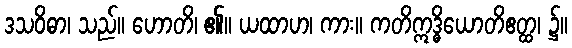
ဒသဝိဓာ၊ သည်။ ဟောတိ၊ ၏။ ယထာဟ၊ ကား။ ကတိဣဒ္ဓိယောတိဧတ္ထ၊ ၌။